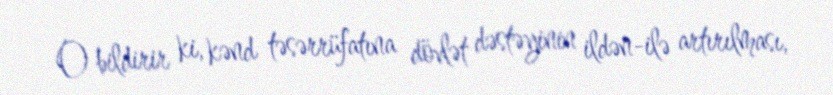
O bildirir ki, kənd təsərrüfatına dövlət dəstəyinin ildən-ilə artırılması,